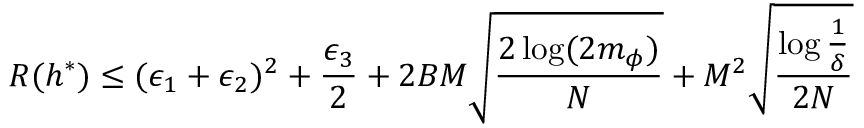
R ( h ^ { * } ) \leq ( \epsilon _ { 1 } + \epsilon _ { 2 } ) ^ { 2 } + \frac { \epsilon _ { 3 } } { 2 } + 2 B M \sqrt { \frac { 2 \log ( 2 m _ { \phi } ) } { N } } + M ^ { 2 } \sqrt { \frac { \log { \frac { 1 } { \delta } } } { 2 N } }